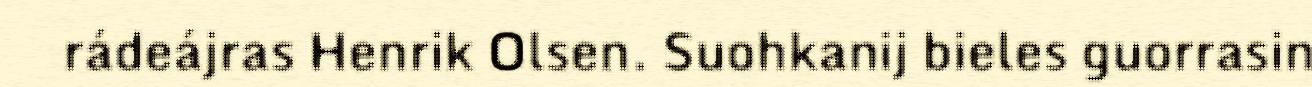
rádeájras Henrik Olsen. Suohkanij bieles guorrasin